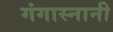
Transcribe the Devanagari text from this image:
गंगास्नानी